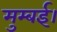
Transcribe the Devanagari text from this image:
मुम्बई।